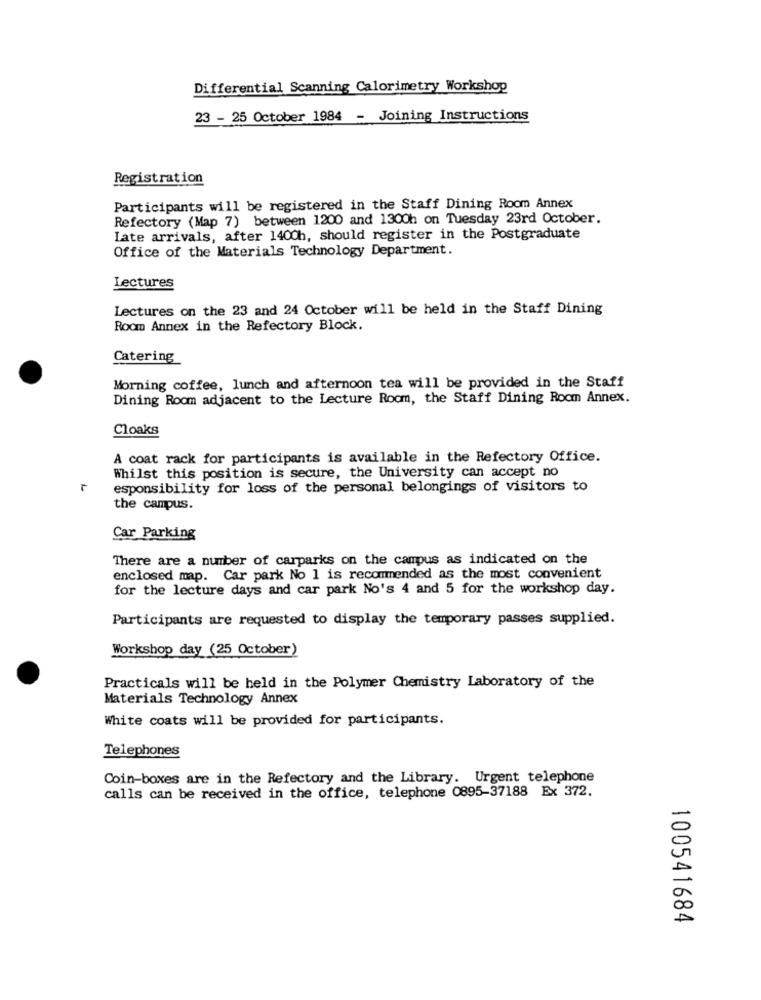
Differential Scanning Calorimetry Workshop
23 - 25 October 1984 - Joining Instructions
Registration
Participants will be registered in the Staff Dining Room Annex
Refectory (Map 7) between 1200 and 1300h on Tuesday 23rd October.
Late arrivals, after 1400h, should register in the Postgraduate
Office of the Materials Technology Department.
Lectures
Lectures on the 23 and 24 October will be held in the Staff Dining
Room Annex in the Refectory Block.
Catering
Morning coffee, lunch and afternoon tea will be provided in the Staff
Dining Room adjacent to the Lecture Room, the Staff Dining Room Annex.
Cloaks
A coat rack for participants is available in the Refectory Office.
Whilst this position is secure, the University can accept no
esponsibility for loss of the personal belongings of visitors to
the campus.
Car Parking
There are a number of carparks on the campus as indicated on the
enclosed map. Car park No 1 is recommended as the most convenient
for the lecture days and car park No's 4 and 5 for the workshop day.
Participants are requested to display the temporary passes supplied.
Workshop day (25 October)
Practicals will be held in the Polymer Chemistry Laboratory of the
Materials Technology Annex
White coats will be provided for participants.
Telephones
Coin-boxes are in the Refectory and the Library. Urgent telephone
calls can be received in the office, telephone 0895-37188 Ex 372.
100541684